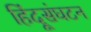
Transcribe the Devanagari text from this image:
हिंदूसंघटन